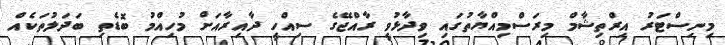
މިނިސްޓަރު އިރްތިޝާމް މިރަސްމިއްޔާތުގައި ވިދާޅުވީ ރާއްޖޭގެ ސިއްހީ ދާއިރާއަށް މުހިއްމު ބޮޑެތި ބަދަލުތަކެއް